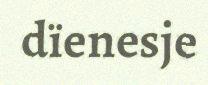
dïenesje